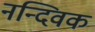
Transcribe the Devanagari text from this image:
नन्दिवक